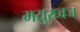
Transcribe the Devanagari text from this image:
मयुरध्वज